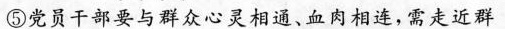
⑤党员干部要与群众心灵相通、血肉相连，需走近群